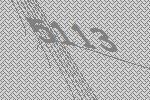
5113